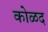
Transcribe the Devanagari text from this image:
कोळद